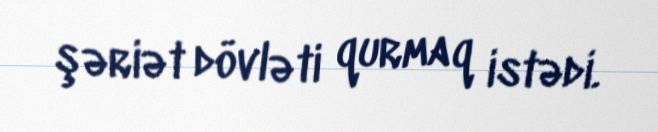
şəriət dövləti qurmaq istədi.